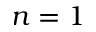
n = 1